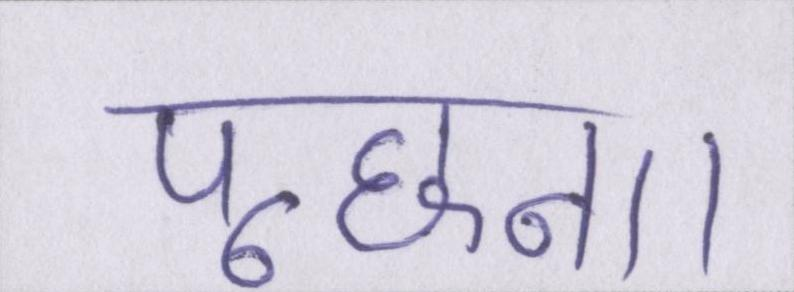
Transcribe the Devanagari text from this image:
पूछना।